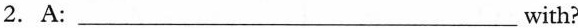
2. A: ___with?